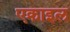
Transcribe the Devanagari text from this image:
एक्राइल